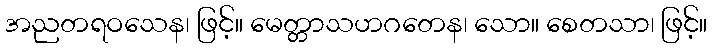
အညတရဝသေန၊ ဖြင့်။ မေတ္တာသဟဂတေန၊ သော။ စေတသာ၊ ဖြင့်။